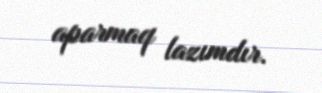
aparmaq lazımdır.